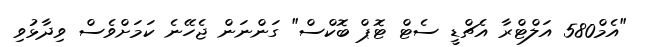
"އެމް580 އަލްޓްރާ އެޗްޑީ ސެޓް ޓޮޕް ބޮކްސް" ގަންނަން ޖެހޭނެ ކަމަށްވެސް ވިދާޅުވި